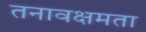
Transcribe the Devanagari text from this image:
तनावक्षमता